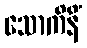
သောကိနိံ